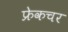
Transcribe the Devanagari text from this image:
फ्रेकचर